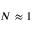
N \approx 1